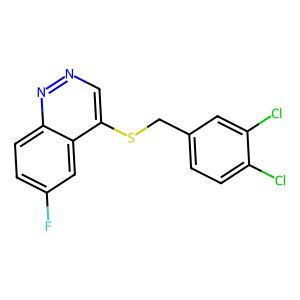
SMILES: Fc1ccc2nncc(SCc3ccc(Cl)c(Cl)c3)c2c1
Inhibits HIV replication: No